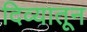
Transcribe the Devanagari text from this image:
दिव्यातून